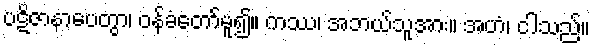
ပဋိဇာနာပေတွာ၊ ဝန်ခံတော်မူ၍။ ကဿ၊ အဘယ်သူအား။ အဟံ၊ ငါသည်။